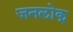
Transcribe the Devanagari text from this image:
जनलोक्